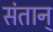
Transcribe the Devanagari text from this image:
संतान्